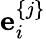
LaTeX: {{\mathbf e}}_{i}^{\{ j\} }